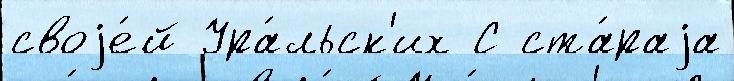
своjе́й Ура́льск'их С ста́раjа